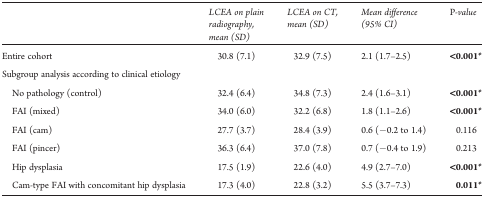
<table><thead><tr><td></td><td><b>LCEA on plain radiography, mean (SD)</b></td><td><b>LCEA on CT, mean (SD)</b></td><td><b>Mean difference (95% CI)</b></td><td><b><i>P</i>-value</b></td></tr></thead><tbody><tr><td>Entire cohort</td><td>30.8 (7.1)</td><td>32.9 (7.5)</td><td>2.1 (1.7–2.5)</td><td><b>&lt;0.001</b><b>*</b></td></tr><tr><td colspan="5">Subgroup analysis according to clinical etiology</td></tr><tr><td> No pathology (control)</td><td>32.4 (6.4)</td><td>34.8 (7.3)</td><td>2.4 (1.6–3.1)</td><td><b>&lt;0.001</b><b>*</b></td></tr><tr><td> FAI (mixed)</td><td>34.0 (6.0)</td><td>32.2 (6.8)</td><td>1.8 (1.1–2.6)</td><td><b>&lt;0.001</b><b>*</b></td></tr><tr><td> FAI (cam)</td><td>27.7 (3.7)</td><td>28.4 (3.9)</td><td>0.6 (−0.2 to 1.4)</td><td>0.116</td></tr><tr><td> FAI (pincer)</td><td>36.3 (6.4)</td><td>37.0 (7.8)</td><td>0.7 (−0.4 to 1.9)</td><td>0.213</td></tr><tr><td> Hip dysplasia</td><td>17.5 (1.9)</td><td>22.6 (4.0)</td><td>4.9 (2.7–7.0)</td><td><b>&lt;0.001</b><b>*</b></td></tr><tr><td> Cam-type FAI with concomitant hip dysplasia</td><td>17.3 (4.0)</td><td>22.8 (3.2)</td><td>5.5 (3.7–7.3)</td><td><b>0.011</b><b>*</b></td></tr></tbody></table>